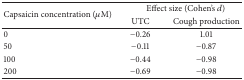
<table><thead><tr><td rowspan="2"><b>Capsaicin concentration (<i>μ</i>M)</b></td><td colspan="2"><b>Effect size (Cohen&#x27;s <i>d</i>)</b></td></tr><tr><td><b>UTC</b></td><td><b>Cough production</b></td></tr></thead><tbody><tr><td>0</td><td>−0.26</td><td>1.01</td></tr><tr><td>50</td><td>−0.11</td><td>−0.87</td></tr><tr><td>100</td><td>−0.44</td><td>−0.98</td></tr><tr><td>200</td><td>−0.69</td><td>−0.98</td></tr></tbody></table>